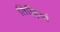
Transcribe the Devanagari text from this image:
तिल्लियां